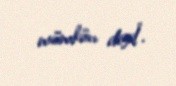
mümkün deyil”.